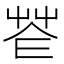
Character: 𦭠